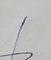
Signature authenticity: genuine